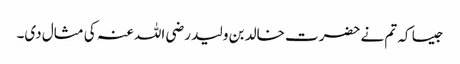
جیسا کہ تم نے حضرت خالد بن ولید رضی اللہ عنہ کی مثال دی۔